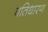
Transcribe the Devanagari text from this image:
बतिधारण